Vaccination report Assam 1896-1927 - 1896-1927
Year: 1896
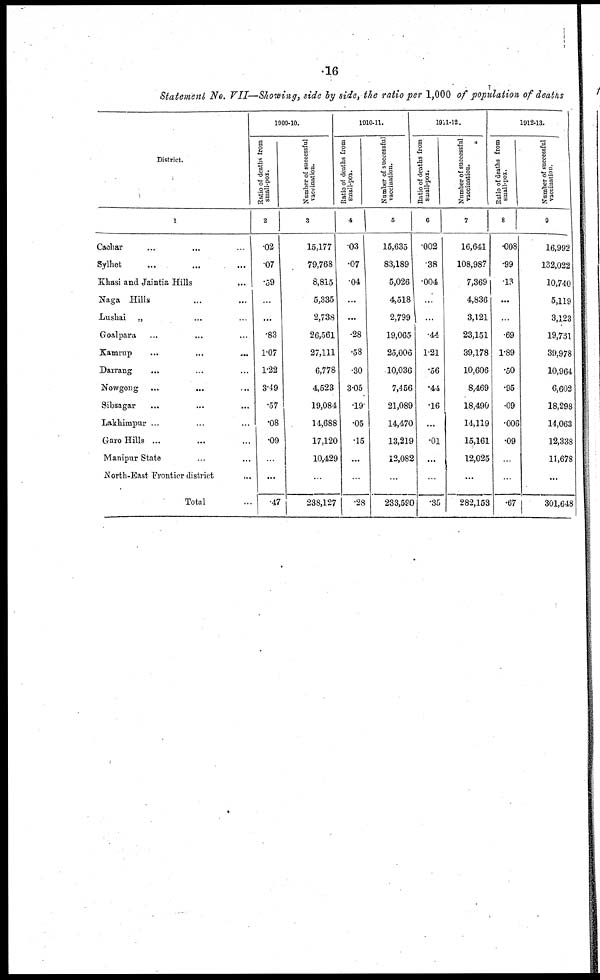
16
Statement No. VII—Showing, side by side, the ratio per 1,000 of population of deaths
District.
1
Cachar ... ... ...
Sylhet ... ... ...
Khasi and Jaintia Hills ...
Naga Hills ... ... ...
Luskai „ ... ... ...
Goalpara ... ... ...
Kamrup ... ... ...
Darrang ... ... ...
Nowgong ... ... ...
Sibsagar ... ... ...
Lakhimpur ... ... ...
Garo Hills ... ... ...
Manipur State ... ... ...
North-East Frontier district
...
Total ...
1909-10.
Ratio of deaths from
small-pox.
2
.02
.07
.59
...
...
.83
1.07
1.22
3.49
.57
.08
.09
...
...
47
Number of successful
vaccination.
3
15,177
79,768
8,815
5,335
2,738
26,561
27,111
6,778
4,523
19,084
14,688
17,120
10,429
...
238,127
1910-11.
Ratio of deaths from
small-pox.
4
.03
.07
.04
...
...
.28
.58
.30
3.05
.19
.05
.15
...
...
.28
Number of successful
vaccination.
5
15,635
83,189
5,026
4,518
2,799
19,065
25,006
10,036
7,456
21,089
14,470
13,219
12,082
...
233,590
1911-12.
Ratio of deaths from
small-pox.
6
.002
.38
.004
...
...
.44
1.21
.56
.44
.16
...
.01
...
...
.35
Number of successful
vaccination.
7
16,641
108,987
7,369
4,836
3,121
23,151
39,178
10,606
8,469
18,490
14,119
15,161
12,025
...
282,153
1912-13.
Ratio of deaths from
small-pox.
8
.008
.99
.13
...
.69
1.89
.50
.95
.09
.006
.09
...
...
.67
Number of successful
vaccination.
9
16,992
132,022
10,740
5,119
3,123
19,731
39,978
10,964
6,602
18,298
14,063
12,338
11,678
...
301,648